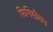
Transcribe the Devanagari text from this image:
फिनिसीयन